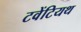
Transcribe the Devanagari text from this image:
टवेंटियथ